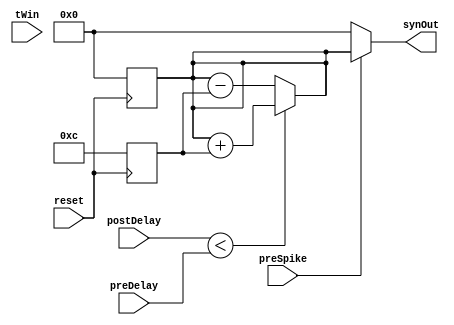
module synapse(
	input preSpike,
	input [3:0] preDelay,
	input [3:0] postDelay,
	input tWin,
	input reset,
	output [15:0] synOut
	);

	reg [15:0] weight;
	reg [3:0] postreg;
	reg [3:0] prereg;
	reg [15:0] delW;

	always@(tWin)
	begin
		postreg <= postDelay;
		prereg <= preDelay;
	end

	always@(*)
	begin
		if(postreg < prereg)
			weight = weight + delW;
		else
			weight = weight - delW;
	end

	always@(negedge reset)
	begin
		weight <= 0;
		delW <= 12;	
	end

	assign synOut = preSpike?weight:0;
	
endmodule